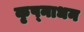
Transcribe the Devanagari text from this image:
कृष्नाधन